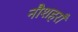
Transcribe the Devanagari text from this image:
नौशहराँ